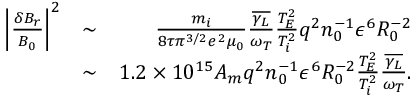
\begin{array} { r l r } { \left\lvert \frac { \delta B _ { r } } { B _ { 0 } } \right\rvert ^ { 2 } } & { \sim } & { \frac { m _ { i } } { 8 \tau \pi ^ { 3 / 2 } e ^ { 2 } \mu _ { 0 } } \frac { \overline { { \gamma _ { L } } } } { \omega _ { T } } \frac { T _ { E } ^ { 2 } } { T _ { i } ^ { 2 } } q ^ { 2 } n _ { 0 } ^ { - 1 } \epsilon ^ { 6 } R _ { 0 } ^ { - 2 } } \\ & { \sim } & { 1 . 2 \times 1 0 ^ { 1 5 } A _ { m } q ^ { 2 } n _ { 0 } ^ { - 1 } \epsilon ^ { 6 } R _ { 0 } ^ { - 2 } \frac { T _ { E } ^ { 2 } } { T _ { i } ^ { 2 } } \frac { \overline { { \gamma _ { L } } } } { \omega _ { T } } . } \end{array}